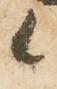
候